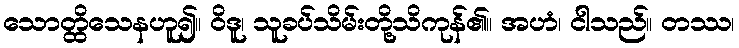
သောတ္ထိသေနဟူ၍။ ဝိဒူ၊ သူခပ်သိမ်းတို့သိကုန်၏။ အဟံ၊ ငါသည်။ တဿ၊